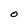
Character: O